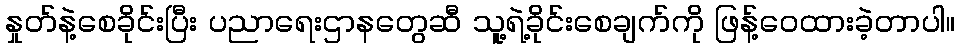
နှုတ်နဲ့စေခိုင်းပြီး ပညာရေးဌာနတွေဆီ သူ့ရဲ့ခိုင်းစေချက်ကို ဖြန့်ဝေထားခဲ့တာပါ။